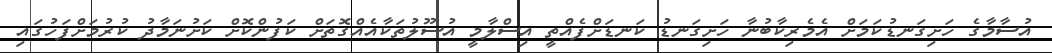
އުސާމާގެ ހަށިގަނޑުކަމަށް އެމެރިކާބުނާ ހަށިގަނޑު ކަނޑަށްފެއްތީ އިސްލާމީ އުސޫލުތަކާއެއްގޮތަށް ކަފުންކޮށް ކަށުނަމާދު ކުރުމަށްފަހުގައި